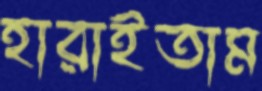
হারাইতাম